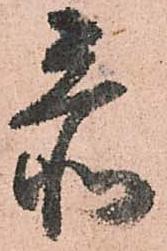
忝